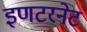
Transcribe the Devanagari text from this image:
इणटरनेट